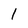
Character: 1